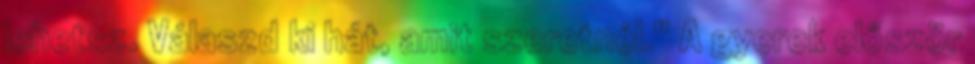
lehetsz. Válaszd ki hát, amit szeretnél." A gyerek először